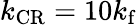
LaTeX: k_{\mathrm{CR}}=10k_{\mathrm{f}}